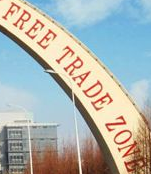
FREE TRADE ZONE